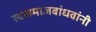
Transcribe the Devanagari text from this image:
स्वसमाजबांधवांनी